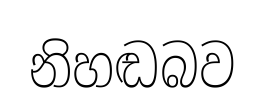
නිහඬබව